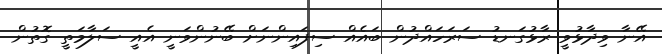
އޭނާ ވިދާޅުވީ ރާޅުގަނޑު ސަރަހައްދުން ބައެއް ސިފައިންނަށް ބޭނުންވަނީ އެއީ ސަލާމަތީ ގޮތުން